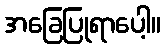
အခြေပြုရာပေါ့။